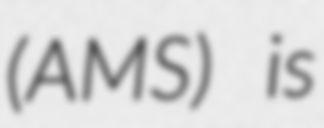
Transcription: (AMS) is